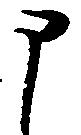
申